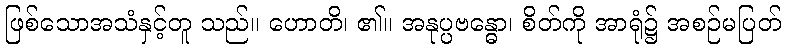
ဖြစ်သောအသံနှင့်တူ သည်။ ဟောတိ၊ ၏။ အနုပ္ပဗန္ဓော၊ စိတ်ကို အာရုံ၌ အစဉ်မပြတ်